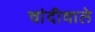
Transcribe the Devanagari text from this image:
चांदीवाले